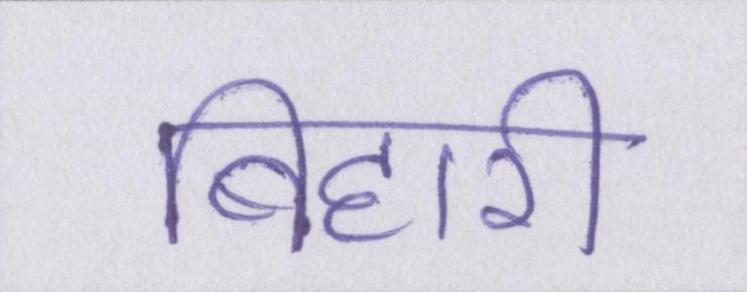
बिहारी